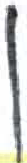
אות: ן